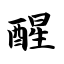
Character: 醒